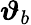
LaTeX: \boldsymbol{\vartheta}_{b}